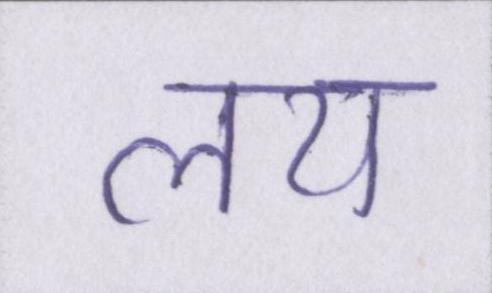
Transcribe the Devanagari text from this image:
लय